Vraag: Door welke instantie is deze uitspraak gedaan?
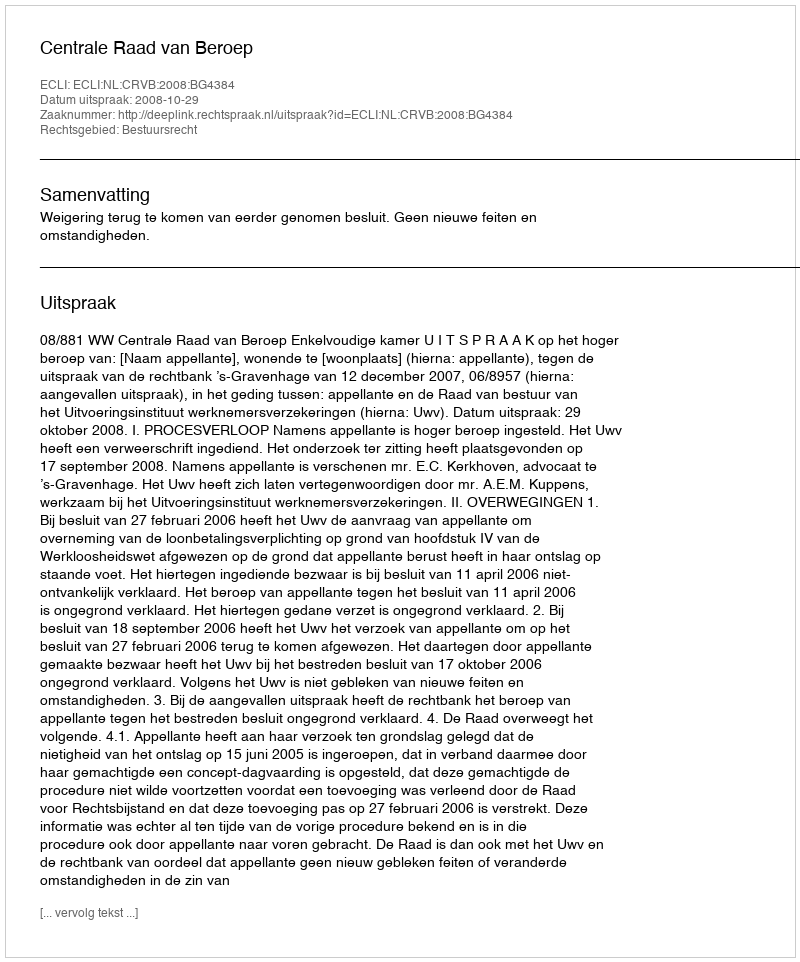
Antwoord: Centrale Raad van Beroep